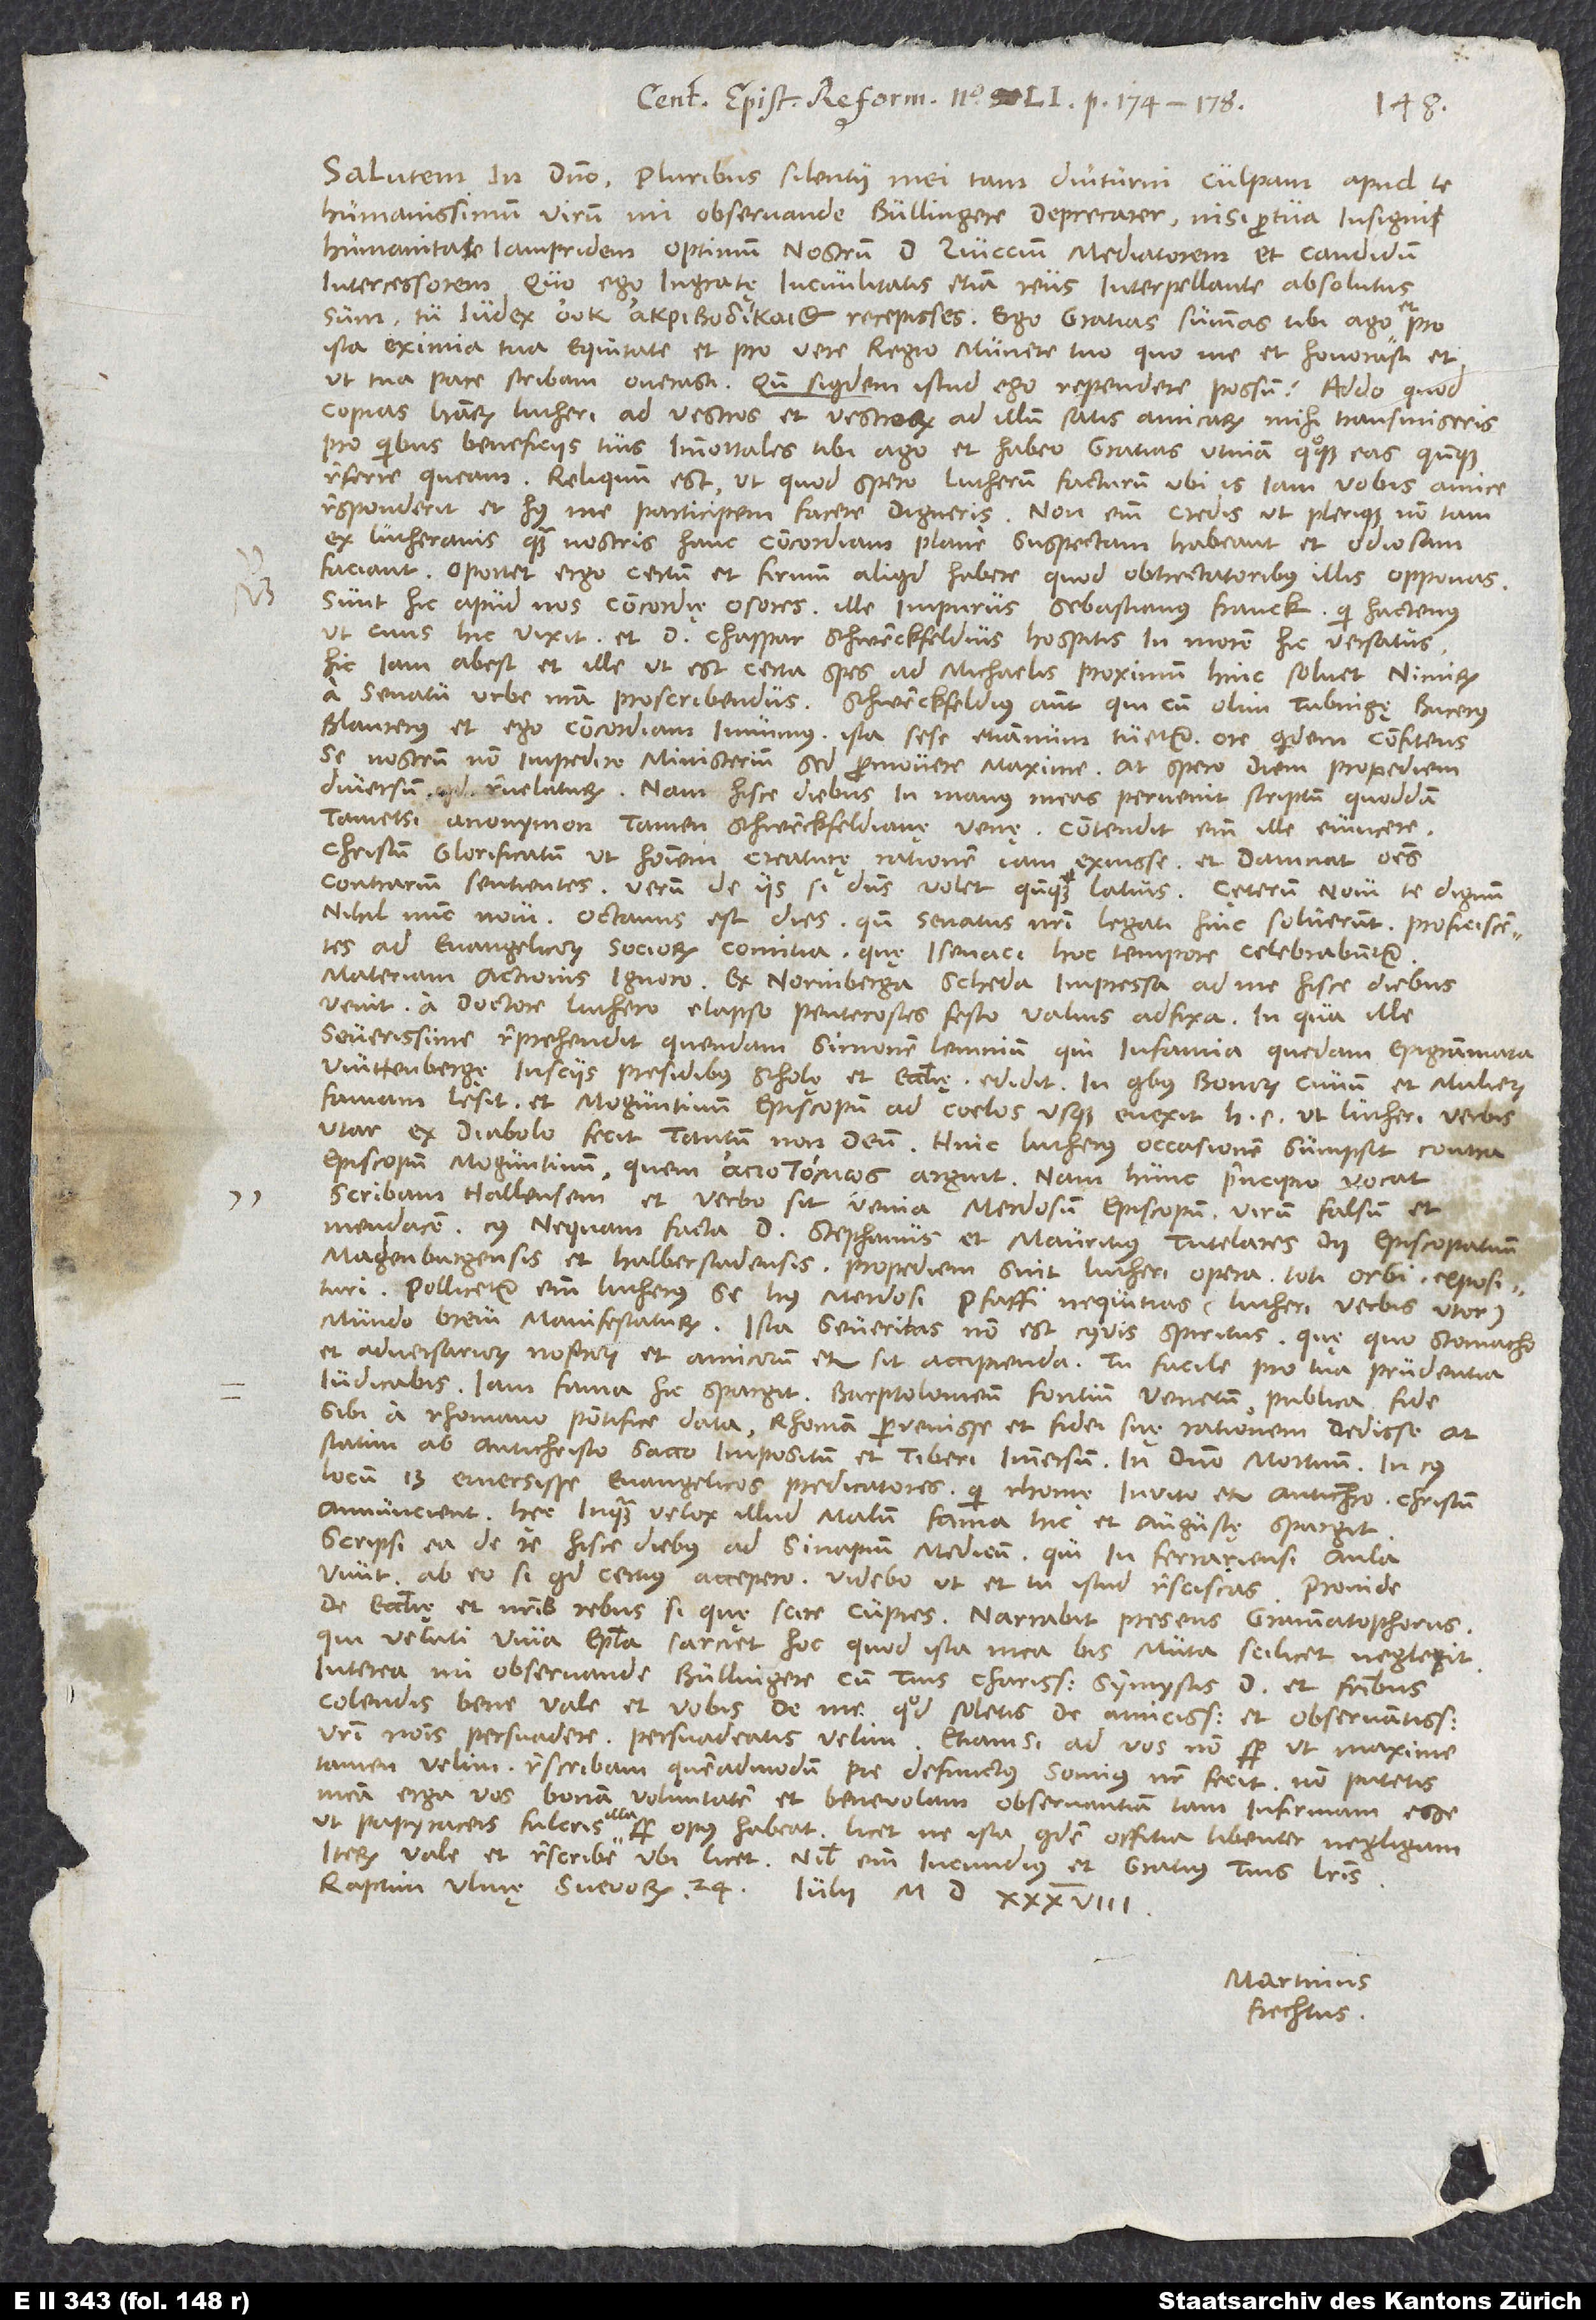
Salutem in domino. Pluribus silentii mei tam diuturni culpam apud te
humanissimum virum, mi observande Bullingere, deprecarer, nisi pro tua insigni
humanitate iampridem optimum nostrum dominum Zviccium mediatorem et candidum
intercessorem, quo ego ingratę incivilitatis etiam reus interpellante absolutus
sum, tu iudex recepisses. Ego gratias summas tibi ago et
ista eximia tua equitate et pro vere regio munere tuo, quo me et honorasti et,
ut tua pace scribam, onerasti. Quando siquidem istud ego rependere possum? Addo, quod
copias literarum Lutheri ad vestros et vestrorum ad illum satis amicarum mihi transmiseris,
pro quibus beneficiis tuis immortales tibi ago et habeo gratias. Utinam quoque eas quandoque
referre queam! Reliquum est, ut, quod spero Lutherum facturum, ubi is iam vobis amice
responderit, et huius me participem facere digneris. Non enim credis, ut plerique non tam
ex Lutheranis quam nostris hanc concordiam plane suspectam habeant et odiosam
faciant. Oportet ergo certum et firmum aliquid habere, quod obtrectatoribus illis opponas.
Sunt hic apud nos concordię osores ille impurus Sebastianus Franck, qui hactenus
ut civis hic vixit, et d. Chaspar Schwenckfeldius hospitis in morem hic versatus.
Hic iam abest, et ille, ut est certa spes, ad Michaelis proximum hinc solvet, nimirum
a senatu urbe nostra proscribendus. Schwenckfeldius autem, qui cum olim Tubingę Bucerus,
Blaurerus et ego concordiam inivimus, ista sese etiamnum tuetur ore quidem confitens
se nostrum non impedire ministerium, sed promovere maxime. At spero diem propediem
diversum quid revelaturum; nam hisce diebus in manus meas pervenit scriptum quoddam
tametsi anonymon, tamen Schwenckfeldianę venę. Contendit enim ille evincere
Christum glorificatum ut hominem creaturę rationem iam exuisse et damnat omnes
contrarium sentientes. Verum de iis, si dominus volet, quandoque latius. Cęterum novi te dignum
nihil nunc novi. Octavus est dies, quando senatus nostri legati hinc solverunt proficiscentes
ad evangelicorum sociorum comitia, quę Isenaci hoc tempore celebrabuntur;
materiam actionis ignoro. Ex Norinberga scheda impressa ad me hisce diebus
venit a doctore Luthero elapso pentecostes festo valvis adfixa, in qua ille
severissime reprehendit quendam Simonem Lemnium, qui infamia quedam epigrammata
Wittenbergę insciis presidibus scholę et ecclesię edidit, in quibus bonorum civium et mulierum
famam lesit et Moguntinum episcopum ad coelos usque evexit, hoc est, ut Lutheri verbis
utar, ex diabolo fecit tantum non deum. Hinc Lutherus occasionem sumpsit contra
episcopum Moguntinum, quem arguit; nam hunc principio vocat
scribam Hallensem et, verbo sit venia, merdosum episcopum, virum falsum et
mendacem, cuius nequam facta d Stephanus et Mauricius, tutelares dii episcopatuum
Magdenburgensis et Halberstadensis, propediem sint Lutheri opera toti orbi reposituri;
pollicetur enim Lutherus se huius merdosi pfaffi nequitias (Lutheri verbis utor)
mundo brevi manifestaturum. Ista severitas non est cuiusvis spiritus; quę quo stomacho
et adversariorum nostrorum et amicorum etiam sit accipienda, tu facile pro tua prudentia
iudicabis. Iam fama hic spargit Barptolomeum Fontium Venetum publica fide
sibi a Rhomano pontifice data Rhomam pervenisse et fidei suę rationem dedisse, at
statim ab antichristo sacco impositum et Tiberi immersum in domino mortuum. In cuius
locum 13 emersisse evangelicos predicatores, qui Rhomę invito etiam antichristo Christum
annuncient. Hęc, inquam, velox illud malum, fama, hic et Augustę spargit.
Scripsi ea de re hisce diebus ad Sinapium medicum, qui in Ferrariensi aula
vivit; ab eo si quid certius accepero, videbo, ut et tu istud resciscas. Proinde
de ecclesię et nostris rebus si quę scire cupies, narrabit presens grammatophorus,
qui veluti viva epistola sarciet hoc, quod ista mea bis muta scilicet neglexit.
Interea, mi observande Bullingere, cum tuis charissimis symmystis, dominis et fratribus
colendis bene vale et vobis de me, quod soletis de amicissimo et observantissimo
vestri nominis persuadere, persuadeatis velim. Etiamsi ad vos non semper, ut maxime
tamen velim, rescribam, quemadmodum pie defunctus Somius noster fecit, non putetis
meam erga vos bonam voluntatem et benevolam observantiam tam infirmam esse,
ut papyraceis fulcris illa semper opus habeat, licet ne ista quidem offitia libenter negligam.
Iterum vale et rescribe, ubi licet; nihil enim iucundius et gratius tuis literis.
Raptim, Ulmę Svevorum, 24. iulii 1538.
Martinus
Frechtus.